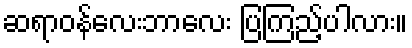
ဆရာဝန်လေးဘာလေး ပြကြည့်ပါလား။